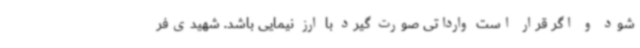
شود و اگر قرار است وارداتی صورت گیرد با ارز نیمایی باشد. شهیدی‌فر